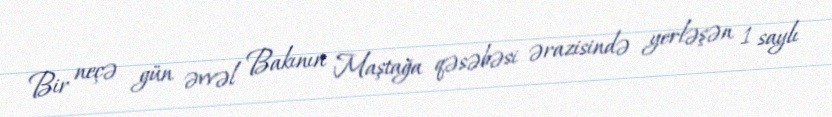
Bir neçə gün əvvəl Bakının Maştağa qəsəbəsi ərazisində yerləşən 1 saylı